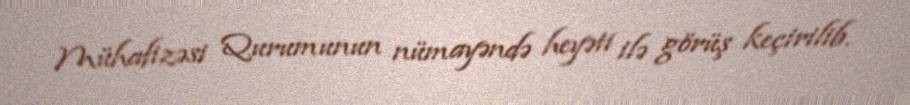
Mühafizəsi Qurumunun nümayəndə heyəti ilə görüş keçirilib.